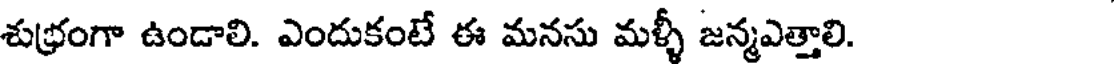
శుభ్రంగా ఉండాలి. ఎందుకంటే ఈ మనసు మళ్ళీ జన్మఎత్తాలి.